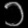
Digit: ၁